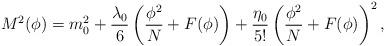
LaTeX: \begin{align*}M^2(\phi)=m^2_0+\frac{\lambda_0}{6}\left( \frac{\phi^2}{N}+F(\phi)\right) + \frac{\eta_0}{5!}\left( \frac{\phi^2}{N}+ F(\phi)\right)^2,\end{align*}